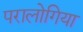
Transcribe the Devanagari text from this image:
परालोगिया